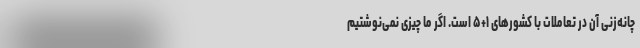
چانه‌زنی آن در تعاملات با کشورهای ۱+۵ است. اگر ما چیزی نمی‌نوشتیم